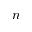
n